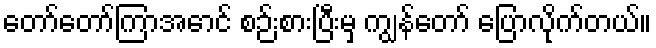
တော်တော်ကြာအောင် စဉ်းစားပြီးမှ ကျွန်တော် ပြောလိုက်တယ်။